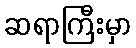
ဆရာကြီးမှာ